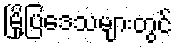
မြို့ပြဒေသများတွင်